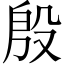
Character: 殷